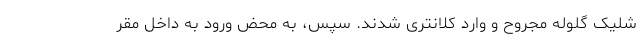
شلیک گلوله مجروح و وارد کلانتری شدند. سپس، به محض ورود به داخل مقر